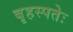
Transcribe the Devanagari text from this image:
बृहस्पतेः